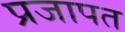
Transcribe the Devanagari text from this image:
प्रजापत